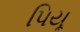
પિયૂ